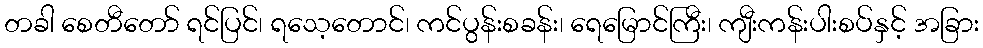
တခါ စေတီတော် ရင်ပြင်၊ ရသေ့တောင်၊ ကင်ပွန်းစခန်း၊ ရေမြောင်ကြီး၊ ကျီးကန်းပါးစပ်နှင့် အခြား